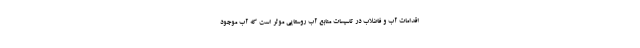
اقدامات آب و فاضلاب در تاسیسات منابع آب روستایی موثر است که آب موجود